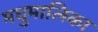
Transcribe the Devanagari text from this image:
मधुमालिका